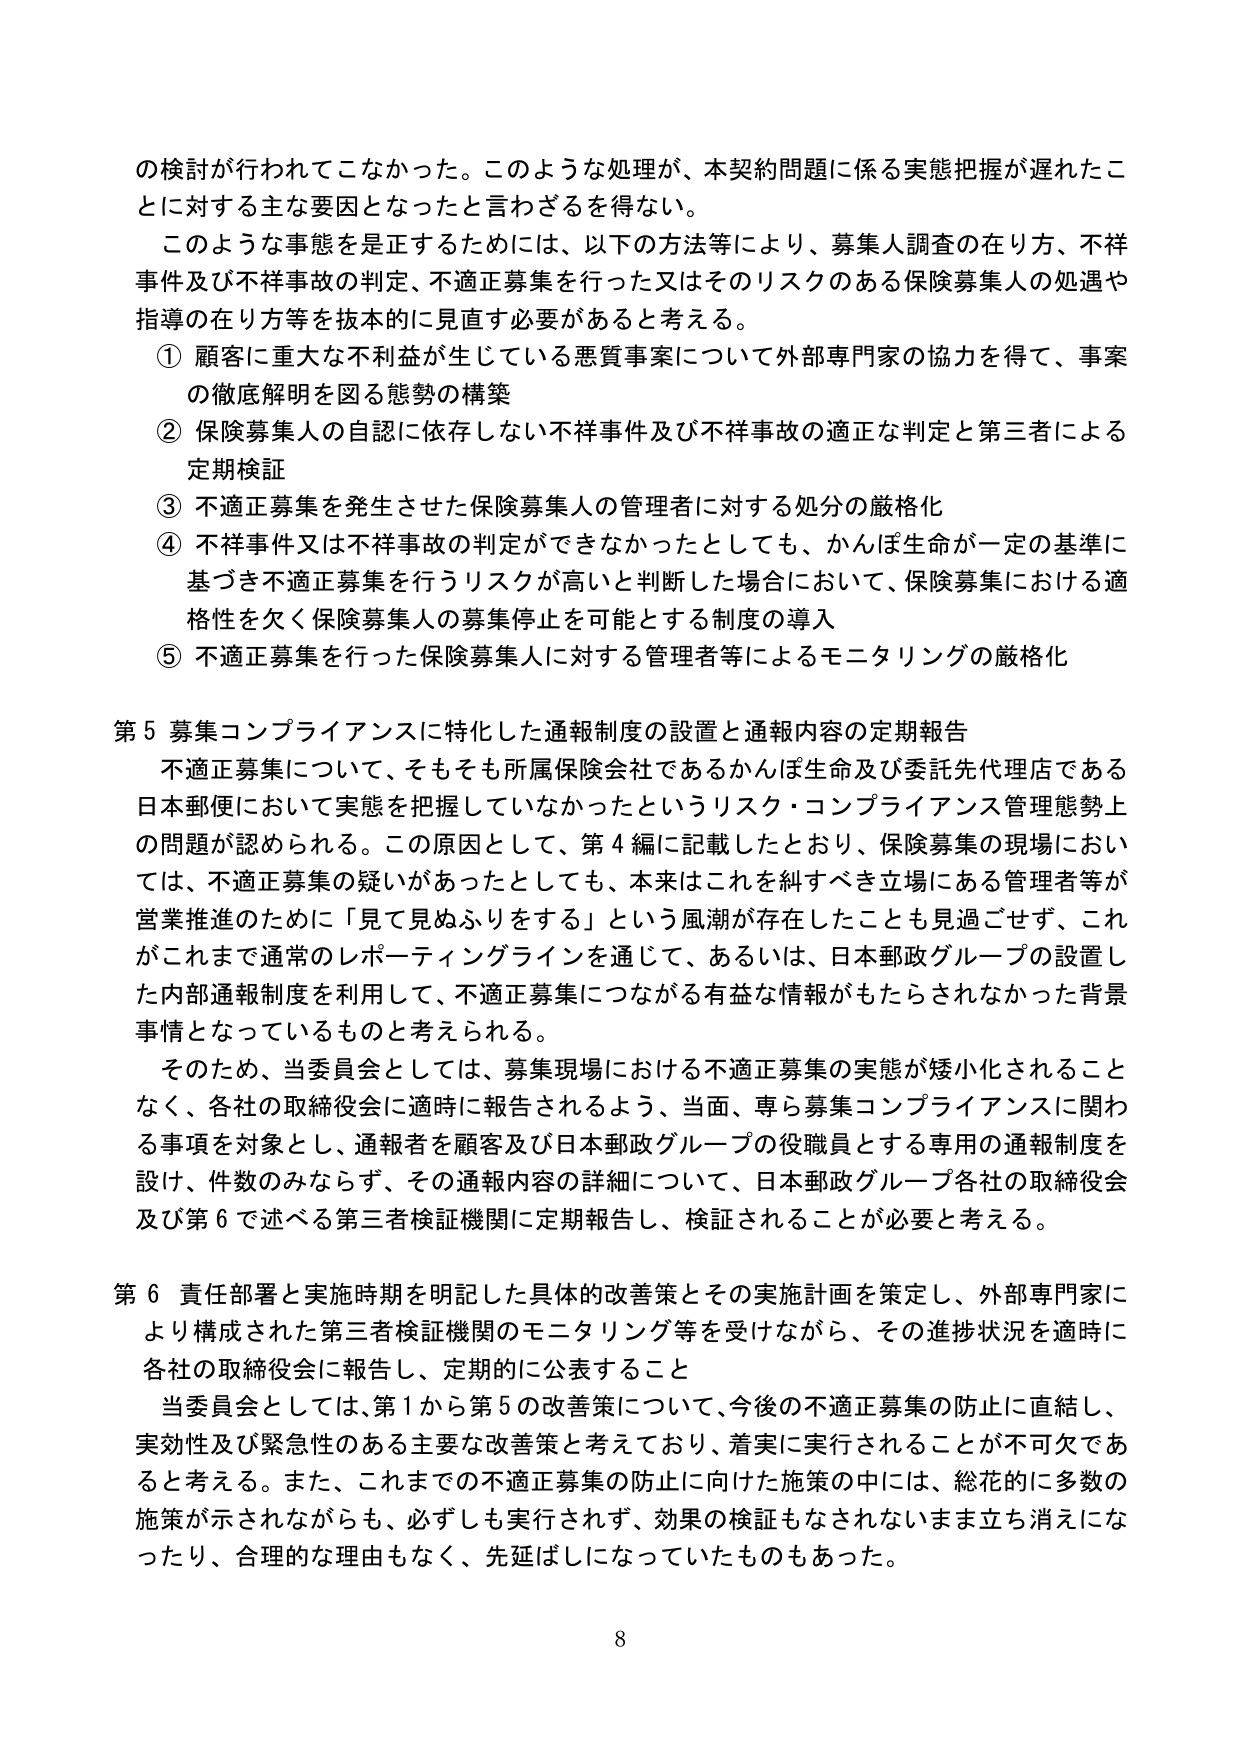
の検討が行われてこなかった。このような処理が、本契約問題に係る実態把握が遅れたことに対する主な要因となったと言わざるを得ない。

このような事態を是正するためには、以下の方法等により、募集人調査の在り方、不祥事件及び不祥事故の判定、不適正募集を行った又はそのリスクのある保険募集人の処遇や指導の在り方等を抜本的に見直す必要があると考える。

① 顧客に重大な不利益が生じている悪質事案について外部専門家の協力を得て、事案の徹底解明を図る態勢の構築

② 保険募集人の自認に依存しない不祥事件及び不祥事故の適正な判定と第三者による定期検証

③ 不適正募集を発生させた保険募集人の管理者に対する処分の厳格化

④ 不祥事件又は不祥事故の判定ができなかったとしても、かんぽ生命が一定の基準に基づき不適正募集を行うリスクが高いと判断した場合において、保険募集における適格性を欠く保険募集人の募集停止を可能とする制度の導入

⑤ 不適正募集を行った保険募集人に対する管理者等によるモニタリングの厳格化

第５ 募集コンプライアンスに特化した通報制度の設置と通報内容の定期報告

不適正募集について、そもそも所属保険会社であるかんぽ生命及び委託先代理店である日本郵便において実態を把握していなかったというリスク・コンプライアンス管理態勢上の問題が認められる。この原因として、第４編に記載したとおり、保険募集の現場においては、不適正募集の疑いがあったとしても、本来はこれを糾すべき立場にある管理者等が営業推進のために「見て見ぬふりをする」という風潮が存在していたことも見過ごせず、これがこれまで通常のレポーティングラインを通じて、あるいは、日本郵政グループの設置した内部通報制度を利用して、不適正募集につながる有益な情報がもたらされなかった背景事情となっているものと考えられる。

そのため、当委員会としては、募集現場における不適正募集の実態が矮小化されることなく、各社の取締役会に適時に報告されるよう、当面、専ら募集コンプライアンスに関わる事項を対象とし、通報者を顧客及び日本郵政グループの役職員とする専用の通報制度を設け、件数のみならず、その通報内容の詳細について、日本郵政グループ各社の取締役会及び第６で述べる第三者検証機関に定期報告し、検証されることが必要と考える。

第６ 責任部署と実施時期を明記した具体的改善策とその実施計画を策定し、外部専門家により構成された第三者検証機関のモニタリング等を受けながら、その進捗状況を適時に各社の取締役会に報告し、定期的に公表すること

当委員会としては、第１から第５の改善策について、今後の不適正募集の防止に直結し、実効性及び緊急性のある主要な改善策と考えており、着実に実行されることが不可欠であると考える。また、これまでの不適正募集の防止に向けた施策の中には、総花的に多数の施策が示されながらも、必ずしも実行されず、効果の検証もなされないまま立ち消えになったり、合理的な理由もなく、先延ばしになっていたものもあった。

8